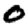
Digit: 0